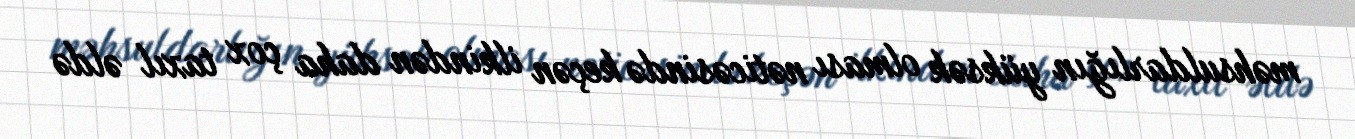
məhsuldarlığın yüksək olması nəticəsində keçən ilkindən daha çox taxıl əldə